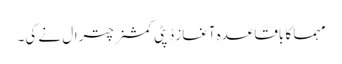
مہما کا باقاعدہ آغاز ڈپٹی کمشنر چترال نے کی۔